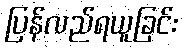
ပြန်လည်ရယူခြင်း